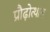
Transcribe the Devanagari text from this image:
प्रौढ़ोत्थान